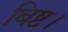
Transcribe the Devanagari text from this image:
बिष्ट।